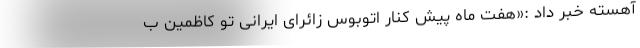
آهسته خبر داد :«هفت ماه پیش کنار اتوبوس زائرای ایرانی تو کاظمین ب